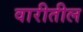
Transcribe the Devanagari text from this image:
वारीतील